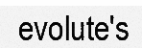
evolute's